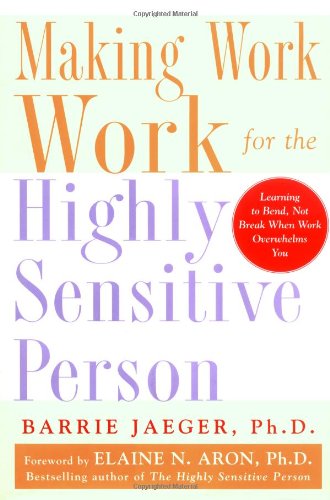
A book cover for Making Work Work for the Highly Sensitive Person; Barrie S. Jaeger; Business & Money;